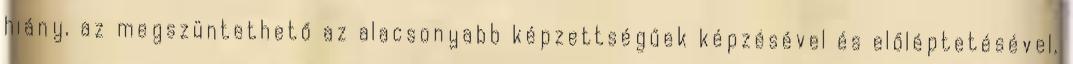
hiány, az megszüntethető az alacsonyabb képzettségűek képzésével és előléptetésével,